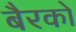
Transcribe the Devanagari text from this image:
बैरको